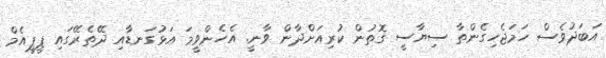
އަބަދުވެސް ހަމަޖެހިގެންތާ ސިޔާސީ ގޮތުން ކުރިއަށްދާން ވާނީ. އެހެންވީމަ އަޅުގަނޑާއި ދޭތެރޭގައި ޕީޕީއެމް